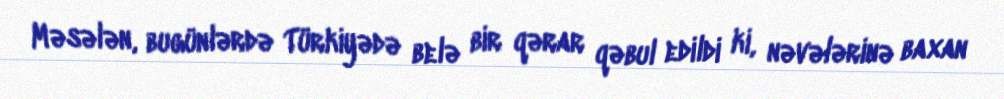
Məsələn, bugünlərdə Türkiyədə belə bir qərar qəbul edildi ki, nəvələrinə baxan